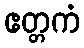
ဧတ္တကံ